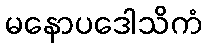
မနောပဒေါသိကံ